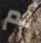
لم